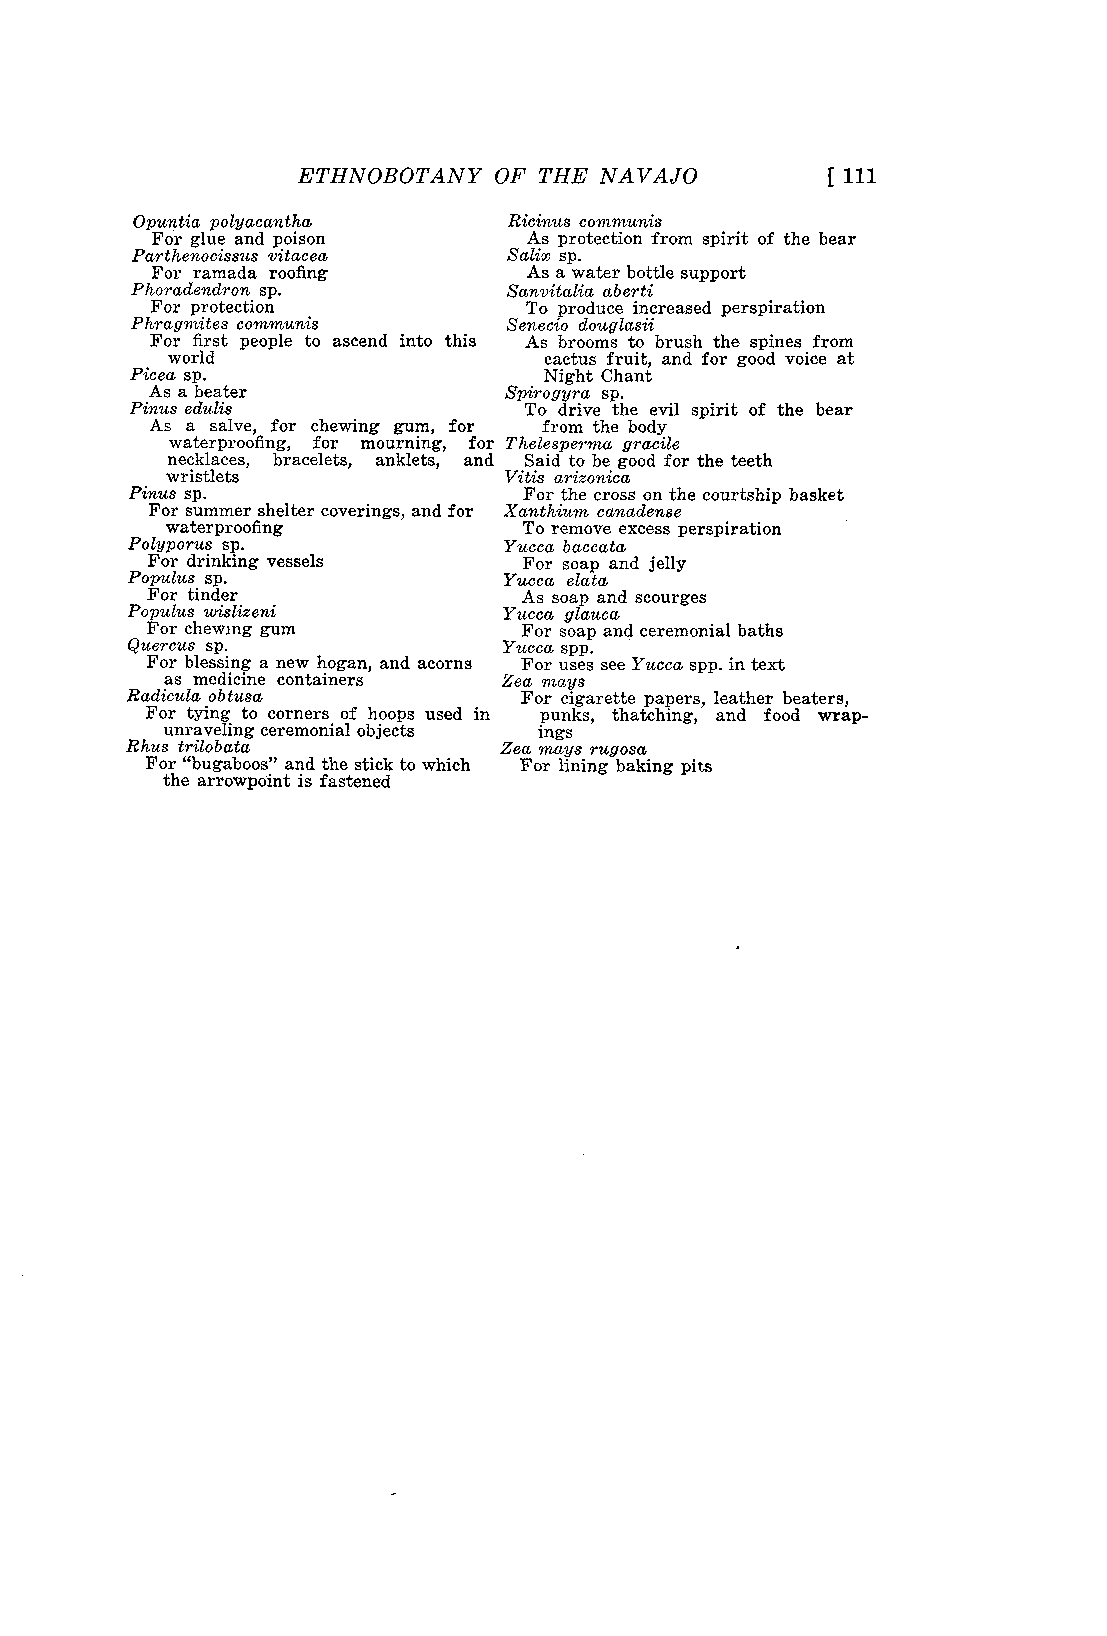
ETHNOBOTANY  OF THE NAVAJO         [111
 Opuntia polyacantha      Ricinus communis
 For glue and poison      As protection from spirit of the bear
 Parthenocissus vitacea   Salir sp.
 For ramada roofing       As a water bottle support
 Phoradendron sp.         Sanvitalia aberti
 For protection           To produce increased perspiration
 Phragmites communis      Senecio douglasii
 For first people to ascend into this As brooms to brush the spines from
 world                    cactus fruit, and for good voice at
 Picea sp.                  Night Chant
 As a beater            Spirogyra sp.
 Pinus edulis              To drive the evil spirit of the bear
 As a salve, for chewing gum, for from the body
 waterproofing, for mourning, for Thelesperma gracile
 necklaces, bracelets, anklets, and Said to be good for the teeth
 wristlets             Vitis arizonica
 Pinus sp.                 For the cross on the courtship basket
 For summer shelter coverings, and for Xanthium canadense
 waterproofing           To remove excess perspiration
 Polyporus sp.           Yucca baccata
 For drinking vessels     For soap and jelly
 Populus sp.              Yucca elata
 For tinder               As soap and scourges
 Populus wislizeni        Yucca glauca
 For chewing gum          For soap and ceremonial baths
 Quercus sp.              Yucca spp.
 For blessing a new hogan, and acorns For uses see Yucca spp. in text
 as medicine containers Zea mays
 Radicula obtura           For cigarette papers, leather beaters,
 For tying to corners of hoops used in punks, thatching, and food wrap-
 unraveling ceremonial objects ings
 Rhus trilobata           Zea mays rugosa
 For "bugaboos" and the stick to which For lining baking pits
 the arrowpoint is fastened